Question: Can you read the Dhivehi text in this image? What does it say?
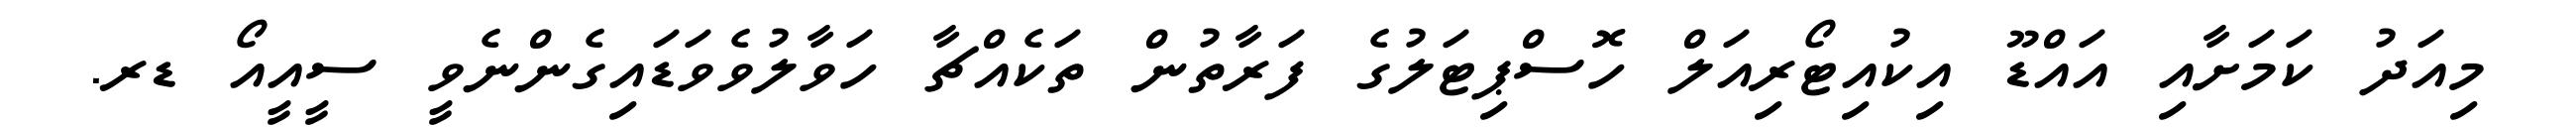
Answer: މިއަދު ކަމަށާއި އައްޑޫ އިކުއިޓޯރިއަލް ހޮސްޕިޓަލުގެ ފަރާތުން ތަކެއްޗާ ހަވާލުވެވަޑައިގެންނެވީ ސީއީއޯ ޑރ.